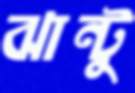
ঝান্টু